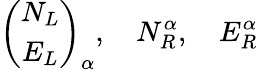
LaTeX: \left(\begin{array}{c}{{N_{L}}}\\ {{E_{L}}}\end{array}\right)_{\alpha},\quad N_{R}^{\alpha},\quad E_{R}^{\alpha}